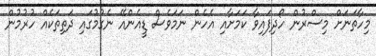
މިހާތަނަށް މިސްރުން ހޯދިފައިވާ ކަމަށާއި އެހެން ނަމަވެސް ޑީއެންއޭ ނެގުމުގައި ދަތިތަކެއް ހުރުމުން